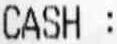
CASH :